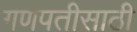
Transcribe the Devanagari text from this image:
गणपतीसाठी